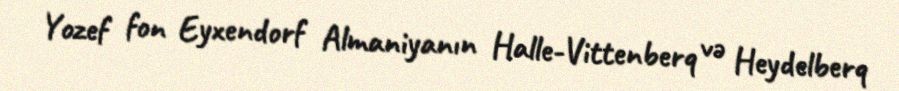
Yozef fon Eyxendorf Almaniyanın Halle-Vittenberq və Heydelberq